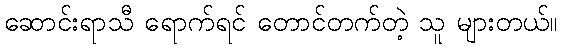
ဆောင်းရာသီ ရောက်ရင် တောင်တက်တဲ့ သူ များတယ်။